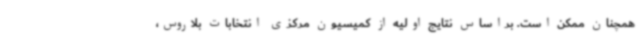
همچنان ممکن است. براساس نتایج اولیه از کمیسیون مرکزی انتخابات بلاروس،